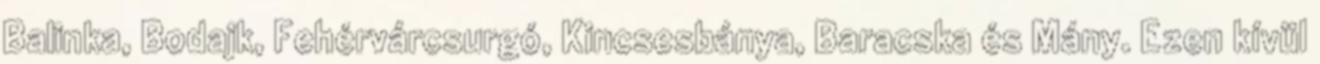
Balinka, Bodajk, Fehérvárcsurgó, Kincsesbánya, Baracska és Mány. Ezen kívül